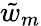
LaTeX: \tilde{w}_{m}